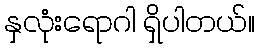
နှလုံးရောဂါ ရှိပါတယ်။